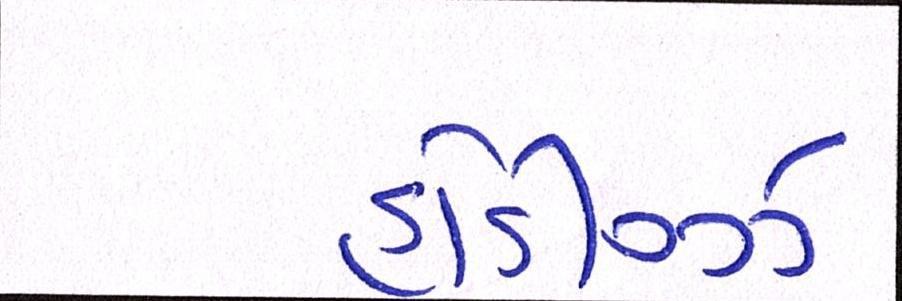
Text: હોડીગ્ઝ